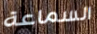
السماعة